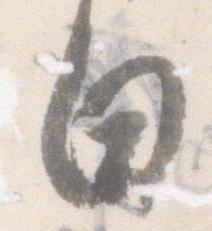
日